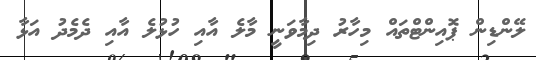
ލޭންޑިން ޕޮއިންޓްތައް މިހާރު ދިމާވަނީ މާލެ އާއި ހުޅުލެ އާއި ދެމެދު އަޅާ